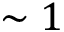
\sim 1